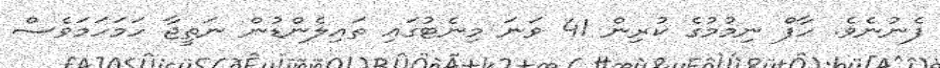
ފެނުނެވެ. ހާފް ނިމުމުގެ ކުރިން 41 ވަނަ މިނެޓުގައި ތައިލެންޑުން ނަތީޖާ ހަމަހަމަވެސް